Vaccination North-Western Provinces and Oudh 1896-1901 - 1896-1901
Year: 1896
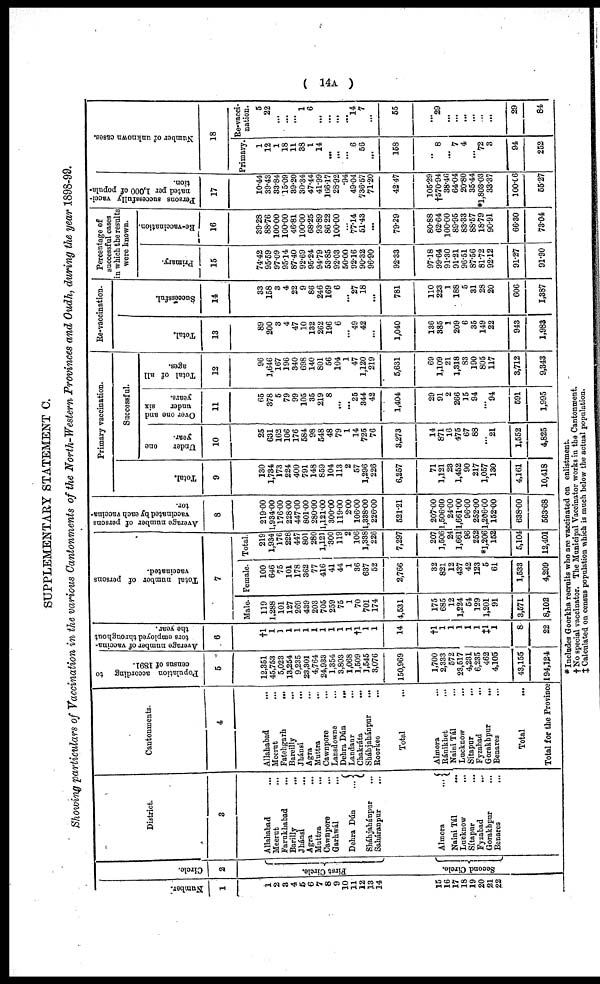
( 14A )
SUPPLEMENTARY STATEMENT C.
Showing particulars of Vaccination in the various Cantonments of the North-Western Provinces and Oudh, during the year 1898-99.
Number.
1
1
2
3
4
5
6
7
8
9
10
11
12
13
14
15
16
17
18
19
20
21
22
Circle.
2
First Circle.
Second Circle.
District.
3
Allahabad ...
Meerut
...
Farukhabad ...
Barilly
...
Jhánsi ...
Agra ...
Muttra
...
Cawnpore ...
Garhwál ...
Dehra Dún
...
Sháhjahánpur
...
Saháranpur ...
Almora
...
Naini Tál ...
Lucknow
...
Sítapur ...
Fyzabad ...
Gorakhpur ...
Benares ...
Cantonments.
4
Allahabad ...
Meerut ...
Fatehgarh
...
Bareilly
...
Jhánsi
...
Agra ...
Muttra ...
Cawnpore ...
Lansdowne ...
Dehra Dún
...
Landaur ...
Chakráta ...
Sháhjahánpur
...
Roorkee
...
Total ...
Almora ...
Ránikhet ...
Naini Tál ...
Lucknow ...
Sítapur ...
Fyzabad ...
Gorakhpur
...
Benares
...
Total ...
Total for the Province
Population according to
census of 1891.
5
12,351
45,753
5,023
13,254
9,235
23,301
4,764
24,933
1,354
3,803
1,068
1,509
1,545
3,076
150,969
1,700
2,333
572
23,517
4,231
6,235
462
4,105
43,155
194,124
Average number of vaccina¬
tors employed throughout
the year.
6
†1
1
1
1
1
1
1
1
1
1
1
†1
1
1
14
†1
1
1
1
1
1
‡1
1
8
22
Total number of persons
vaccinated.
7
Male.
119
1,288
101
127
269
439
203
705
259
75
1
70
701
174
4,531
175
685
12
1,224
54
129
1,201
91
3,571
8,102
Female.
100
646
75
101
178
362
77
416
41
44
1
36
637
52
2,766
32
821
12
437
42
123
5
61
1,533
4,299
Total.
219
1,934
176
228
447
801
280
1,121
300
119
2
106
1,338
226
7,297
207
1,506
24
1,661
96
252
*1,206
152
5,104
12,401
Average number of persons
vaccinated by each vaccina¬
tor.
8
219.00
1,934.00
176.00
228.00
447.00
801.00
280.00
1,121.00
300.00
119.00
2.00
106.00
1,338.00
226.00
521.21
207.00
1,506.00
24.00
1,661.00
96.00
252.00
1,206.00
152.00
638.00
563.68
Primary vaccination.
Total.
9
130
1,734
173
224
400
791
148
859
104
113
2
57
1,296
226
6,257
71
1,121
23
1,452
90
217
1,057
130
4,161
10,418
Successful.
Under
one
year.
10
25
631
162
106
176
584
98
548
48
79
1
14
725
76
3,273
14
871
16
475
67
88
...
21
1,552
4,825
Over one and
under
six
years.
11
65
378
5
79
99
105
35
219
8
...
...
25
344
42
1,404
29
91
2
266
15
94
...
94
591
1,995
Total of all
ages.
12
96
1,646
167
196
340
698
140
801
56
104
1
47
1,120
219
5,631
69
1,109
21
1,318
83
190
805
117
3,712
9,343
Re-vaccination.
Total.
13
89
200
3
4
47
10
132
262
196
6
...
49
42
...
1,040
136
385
1
209
6
35
149
22
943
1,983
Successful.
14
33
158
3
4
22
9
86
246
169
6
...
27
18
...
781
110
223
1
188
5
31
28
20
606
1,387
Percentage of
successful cases
in which the result
were known.
Primary.
15
74.42
95.59
97.09
95.14
87.40
92.69
95.24
94.79
53.85
92.03
50.00
92.16
90.32
96.90
92.33
97.18
99.64
91.30
91.21
96.51
87.56
81.72
92.12
91.27
91.90
Re-vaccination.
16
39.28
88.76
100.00
100.00
46.81
100.00
68.25
93.89
86.22
100.00
...
77.14
51.43
...
79.29
80.88
62.64
100.00
89.95
83.33
88.57
18.79
90.91
66.30
73.04
Persons successfully vacci-
nated per 1,000 of popula-
tion.
17
10.44
39.43
33.84
15.09
39.20
30.34
47.44
41.99
166.17
28.92
.94
49.04
736.57
71.20
42.47
105.29
†570.94
38.40
64.04
20.80
35.44
*1,803.03
33.37
100.06
55.27
Number of unknown cases.
18
Primary.
1
12
1
18
11
38
1
14
...
...
...
6
56
...
158
...
8
...
7
4
...
72
3
94
252
Re-vacci-
nation.
5
22
...
...
...
1
6
...
...
...
...
14
7
...
55
...
29
...
...
...
...
...
...
29
84
* Includes Goorkha recruits who are vaccinated on enlistment.
† No special vaccinator. The Municipal Vaccinator works in the Cantonment.
‡ Calculated on census population which is much below the actual population.